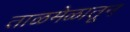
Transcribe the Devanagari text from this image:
ताळमेळातून